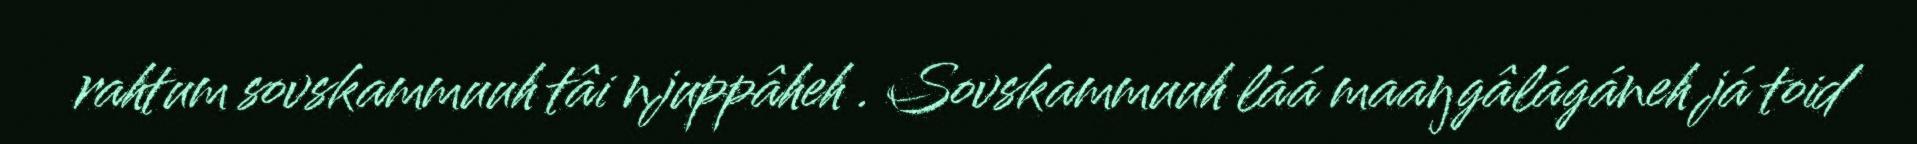
rahtum sovskammuuh tâi njuppâheh . Sovskammuuh láá maaŋgâlágáneh já toid